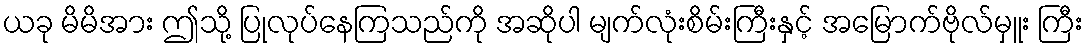
ယခု မိမိအား ဤသို့ ပြုလုပ်နေကြသည်ကို အဆိုပါ မျက်လုံးစိမ်းကြီးနှင့် အမြောက်ဗိုလ်မှူး ကြီး